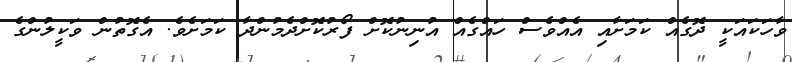
ވާހަކައަކީ ދޮގެއް ކަމަށާއި އެއްވެސް ހައްގެއް އުނިނުކޮށް ފޯރުކޮށްދެމުންދާ ކަމަށެވެ. އެގޮތުން ވަކީލުންގެ